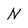
Character: N